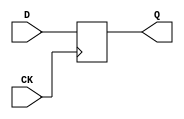
//# 4 inputs
//# 1 outputs
//# 3 D-type flipflops
//# 2 inverters
//# 8 gates (1 ANDs + 1 NANDs + 2 ORs + 4 NORs)

module dff (CK,Q,D);
input CK,D;
output Q;

 reg Q;
always @(posedge CK)
  Q <= D;


endmodule

module s27(CK,G0,G1,G17,G2,G3);
input CK,G0,G1,G2,G3;
output G17;

  wire G5,G10,G6,G11,G7,G13,G14,G8,G15,G12,G16,G9;

  dff DFF_0(CK,G5,G10);
  dff DFF_1(CK,G6,G11);
  dff DFF_2(CK,G7,G13);
  not NOT_0(G14,G0);
  not NOT_1(G17,G11);
  and AND2_0(G8,G14,G6);
  or OR2_0(G15,G12,G8);
  or OR2_1(G16,G3,G8);
  nand NAND2_0(G9,G16,G15);
  nor NOR2_0(G10,G14,G11);
  nor NOR2_1(G11,G5,G9);
  nor NOR2_2(G12,G1,G7);
  nor NOR2_3(G13,G2,G12);

endmodule